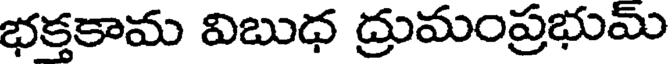
భక్తకామ విబుధ ద్రుమంప్రభుమ్